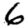
Digit: 6